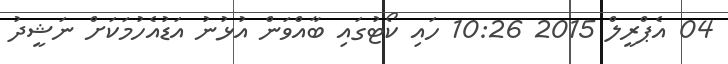
04 އެޕްރީލް 2015 10:26 ހައި ކޯޓުގައި ބާއްވަން އުޅުނު އަޑުއެހުމަކަށް ނަޝީދު